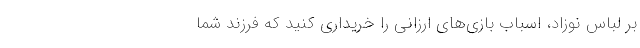
بر لباس نوزاد، اسباب بازی‌های ارزانی را خریداری کنید که فرزند شما